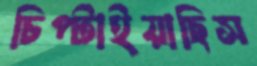
চিপ্‌টাইয়াছিস